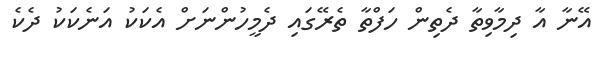
އޭނާ އާ ދިމާވިތާ ދެތިން ހަފްތާ ތެރޭގައި ދެމީހުންނަށް އެކަކު އަނެކަކު ދެކެ